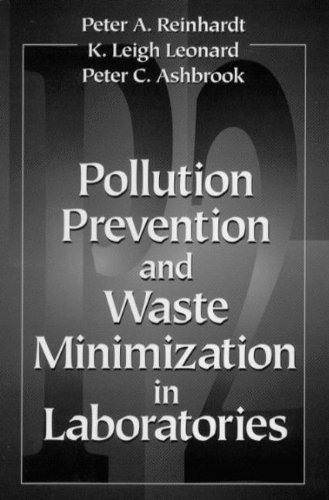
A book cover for Pollution Prevention and Waste Minimization in Laboratories; Peter A. Reinhardt; Science & Math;